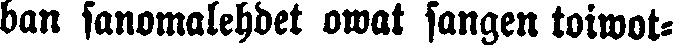
ban sanomalehdet owat sangen toiwot-